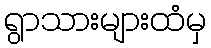
ရွာသားများထံမှ